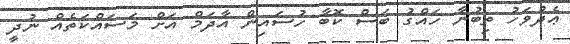
ޢެދުވަހު ތިބުނާ ހައްގު ބަސް ކޮބާ ހުސައިން އާދަމް އަށް މަސައްކަތެއް ނުދީ